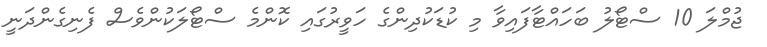
ޖުމްލަ 10 ސްޓޯލު ބަހައްޓާފައިވާ މި ކުޑަކުދިންގެ ހަވީރުގައި ކޮންމެ ސްޓޯލަކުންވެސް ފެނިގެންދަނީ